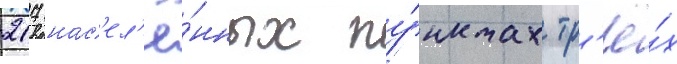
217 нас'ел'ё́нных пу́нктах тр'ё́х